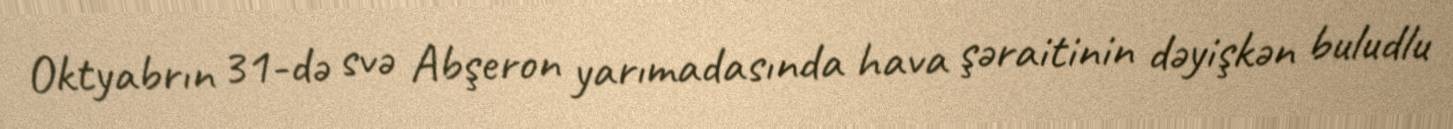
Oktyabrın 31-də svə Abşeron yarımadasında hava şəraitinin dəyişkən buludlu